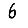
Digit: 6